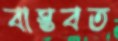
বাস্তবত